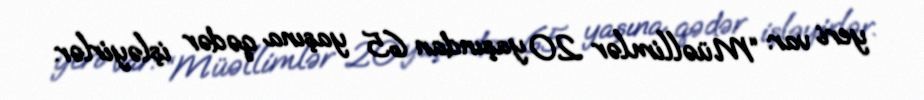
yeri var: “Müəllimlər 20 yaşından 65 yaşına qədər işləyirlər.